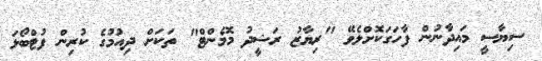
ސިޔާސީ މައިދާނުން ފާހަގަކޮށްލެވޭ "ރިޔާޒު ރަޝީދު މޮމެންޓް" ތަކަށް ދިއުމުގެ ކުރިން ފުޓްބޯޅަ